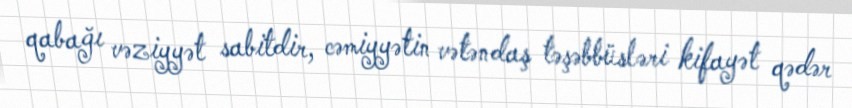
qabağı vəziyyət sabitdir, cəmiyyətin vətəndaş təşəbbüsləri kifayət qədər